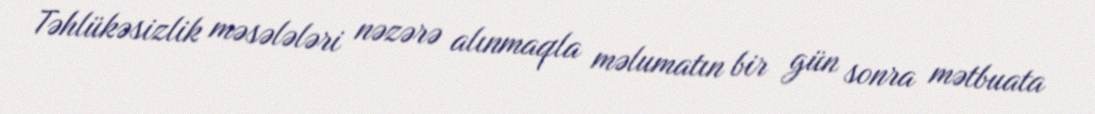
Təhlükəsizlik məsələləri nəzərə alınmaqla məlumatın bir gün sonra mətbuata